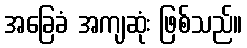
အခြေခံ အကျဆုံး ဖြစ်သည်။